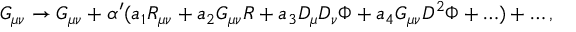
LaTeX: G _ { \mu \nu } \rightarrow G _ { \mu \nu } + \alpha ^ { \prime } ( a _ { 1 } R _ { \mu \nu } + a _ { 2 } G _ { \mu \nu } R + a _ { 3 } D _ { \mu } D _ { \nu } \Phi + a _ { 4 } G _ { \mu \nu } D ^ { 2 } \Phi + \ldots ) + \ldots , \,